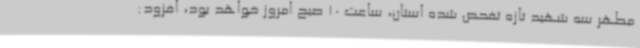
مطهر سه شهید تازه تفحص شده استان، ساعت 10 صبح امروز خواهد بود، افزود: